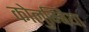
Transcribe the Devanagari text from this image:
कोलुम्बिया